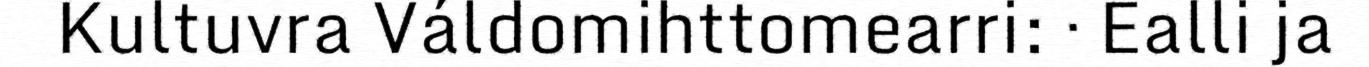
Kultuvra Váldomihttomearri: · Ealli ja